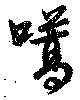
嚆